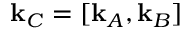
\mathbf { k } _ { C } = [ \mathbf { k } _ { A } , \mathbf { k } _ { B } ]